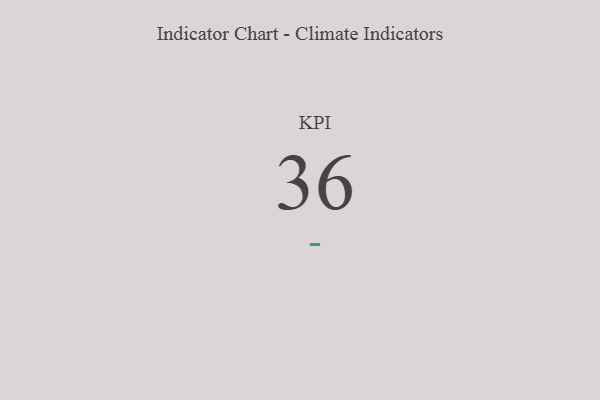
{"axis": {"x": "KPI", "y": "Value"}, "legend": [""], "data": [{"x": "KPI", "y": 36, "type": ""}]}